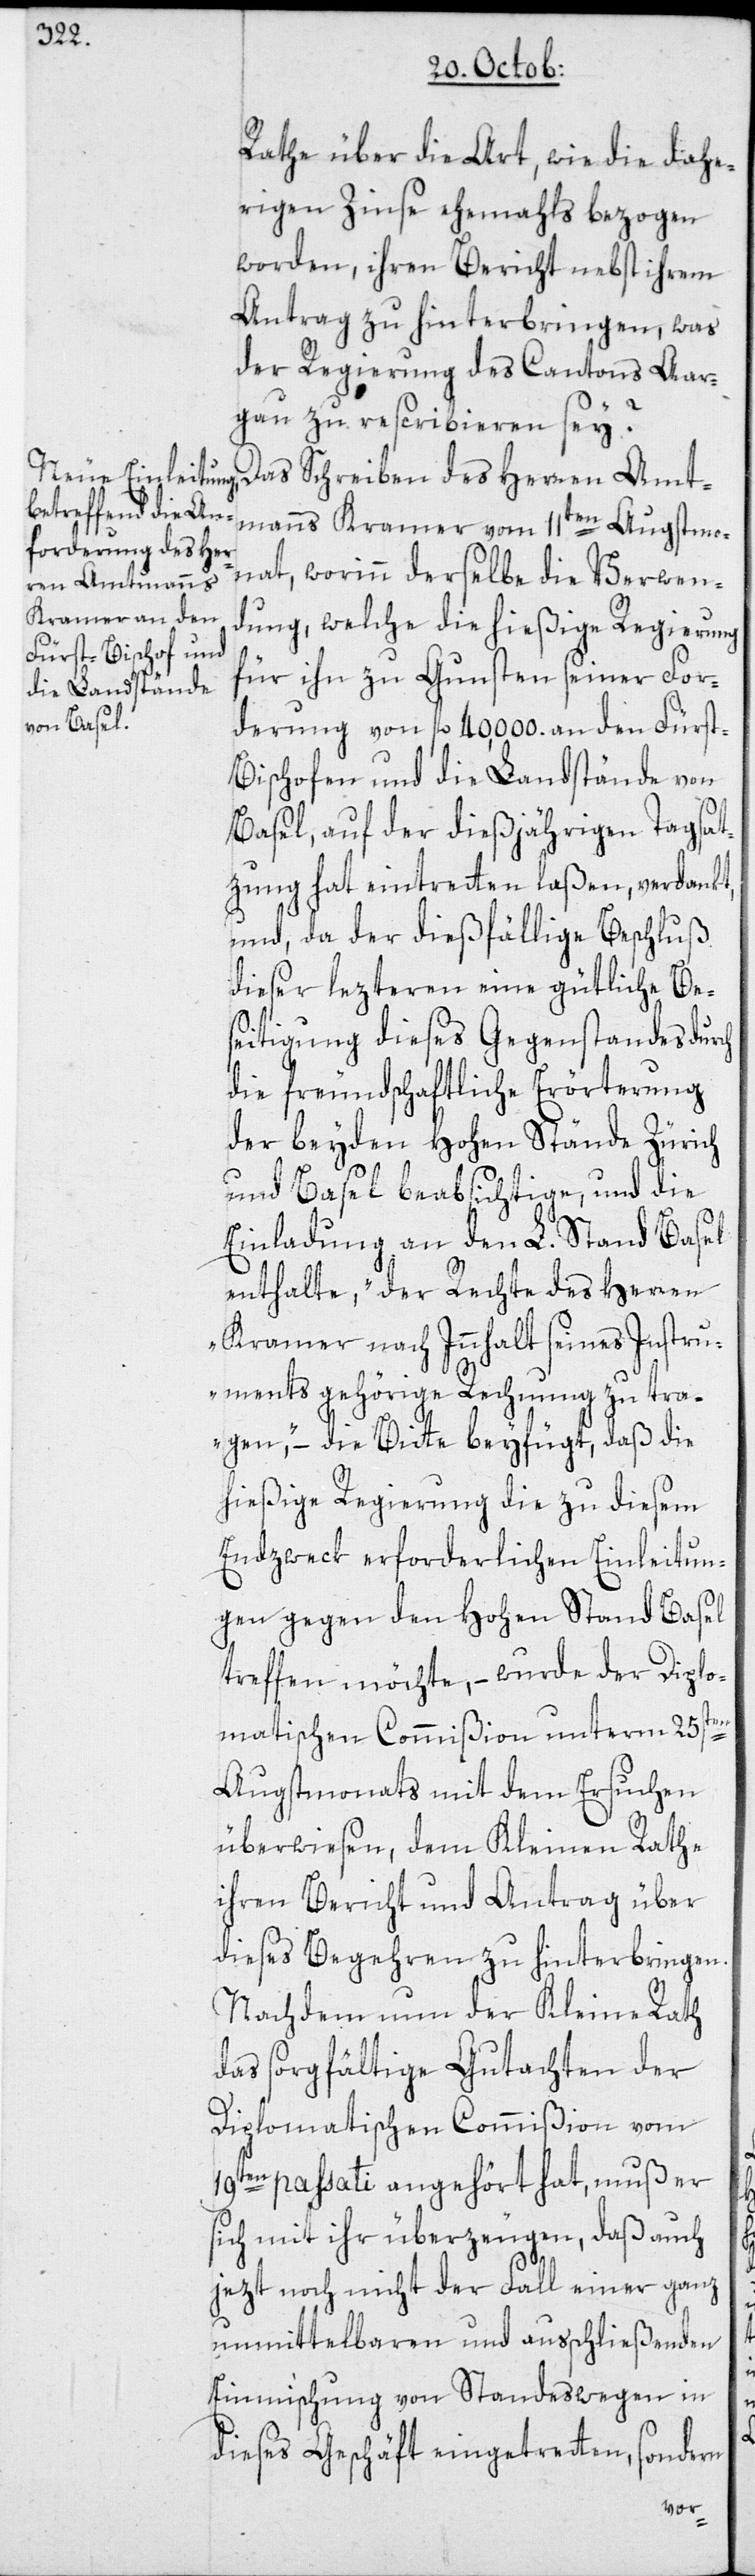
Rathe über die Art, wie die dahe¬
rigen Zinse ehemahls bezogen
worden, ihren Bericht nebst ihrem
Antrag zu hinterbringen, was
der Regierung des Cantons Aar¬
gau zu rescribieren sey?
Das Schreiben des Herren Amt¬
manns Kramer vom 11ten Augstmo¬
nat, worinn derselbe die Verwen¬
dung, welche die hießige Regierung
für ihn zu Gunsten seiner For¬
derung von fl. 40,000. an den Fürst-B¬
ischofen und die Landstände von
Basel, auf der dießjährigen Tagsat¬
zung hat eintretten laßen, verdankt,
und, da der dießfällige Beschluß
dieser lezteren eine gütliche Bes¬
eitigung dieses Gegenstandes durch
die freundschaftliche Erörterung
der beyden Hohen Stände Zürich
und Basel beabsichtige, und die
Einladung an den L. Stand Basel
enthalte, „der Rechte des Herren
Kramer nach Innhalt seines Instru¬
ments gehörige Rechnung zu tra¬
gen“, – die Bitte beyfügt, daß die
hießige Regierung die zu diesem
Endzweck erforderlichen Einleitun¬
gen gegen den Hohen Stand Basel
treffen möchte, – wurde der Diplo¬
matischen Commißion unterm 25sten
Augstmonats mit dem Ersuchen
überwiesen, dem Kleinen Rathe
ihren Bericht und Antrag über
dieses Begehren zu hinterbringen.
Nachdem nun der Kleine Rath
das sorgfältige Gutachten der
Diplomatischen Commißion vom
19ten passati angehört hat, muß er
sich mit ihr überzeugen, daß auch
jezt noch nicht der Fall einer ganz
unmittelbaren und ausschließenden
Einmischung von Standeswegen in
dieses Geschäft eingetretten, sondern